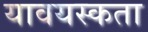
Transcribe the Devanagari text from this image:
यावयस्कता